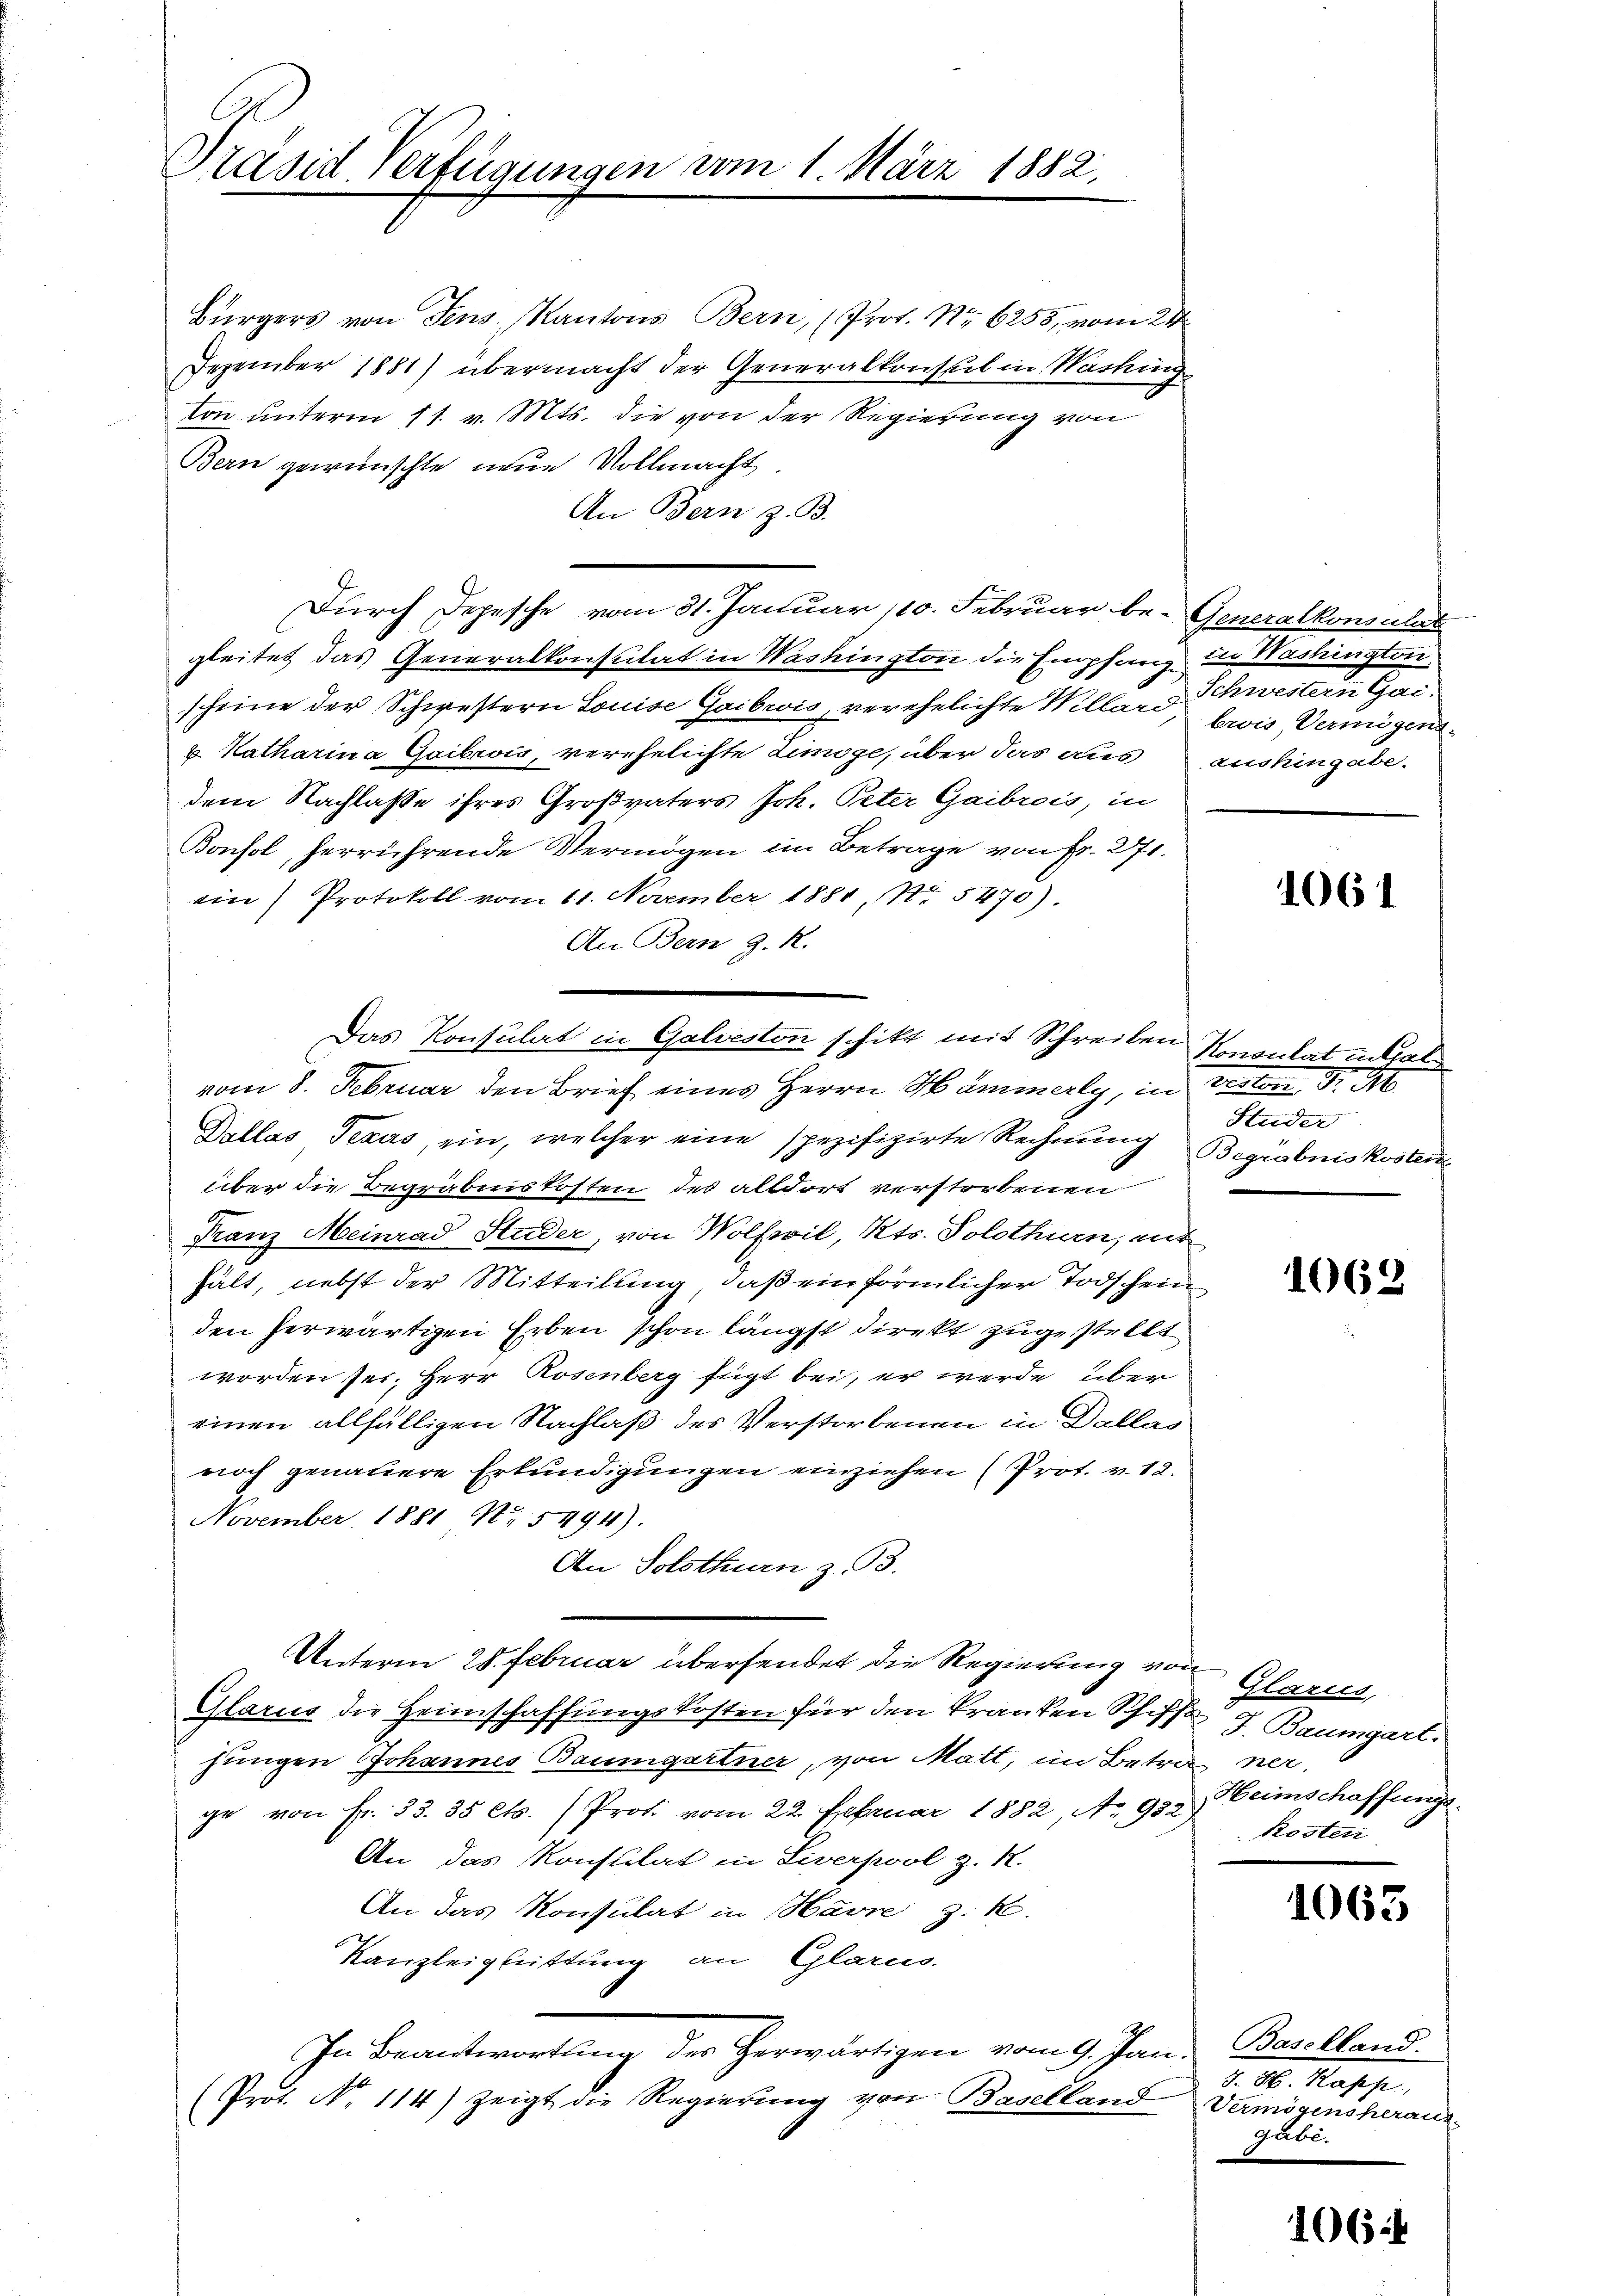
Präsid-Verfügungen vom 1. März 1882.

Das Konsulat in Galveston schikt mit Schreiben Konsulat inhal

Bürgers von Fens, Kantons Bern, (Prot. No 6255, vom 24
Dezember 1881) übermacht der Generalkonseil in Washing
ton unterm 11. v. Mts. die von der Regierung von
Bern gewünschte neue Vollmacht,
An Bern z. B.
Durch Depesche vom 31. Januar 110. Februar be- Generalkonsulat
gleitet das Generalkonsulat in Washington die Empfang in Washington,
scheine der Schwestern Louise Gaibwis, verehelichte Millar Schwestern Gai¬
u Katharina Gaibrois, verehelichte Limoge, über das aus aushingabe.
dem Nachlasse ihres Großvaters Joh. Peter Gaibrois, in
Bonsol, herrührende Vermögen im Betrage von Fr. 271.
ein) Protokoll vom 11. November 1881, No. 5470).
An Bern J. R.
vom 8. Februar den Brief eines Herrn Hammerly, in Verten Fr. A
Dallas Texas, ein, welcher eine spezifizirte Rechnung
über die Begräbniskosten des alldort verstorbenen
Franz Meinrad Studer, von Wolfwil, Kts. Solothurn, mit
hält, nebst der Mitteilung, daß ein förmlicher Todschein
den herwärtigen Erben schon längst direkt zugestellt
worden sei. Herr Rosenberg fügt bei, er werde über
einen allfälligen Nachlaß des Verstorbenen in Dallas
noch genauere Erkundigungen einziehen (Prot. v. 12.
November 1881 Nr. 5494)
An Solothurn z. B.
Unterm 28. Februar übersendet die Regierung von Glarus,
Glarus die Heimschaffungskosten für den kranken Schiff 7. Baumgart.
jungen Johannes Baumgartner, von Matt, im Betra ner
ge von Fr. 33. 35 Cts. (Prof. vom 22. Februar 1882, A. 98. Ceimschaffungs¬
An das Konsulat in Liverpool z. 1.
An das Konsulat in Havre z. K.
Kanzleigheittung an Glarm.
In Beantwortung des Herwärtigen vom 9. Jan. Baselland
Prot. N. 114) zeigt die Regierung von Baselland Vermögensheraus

brois, Vermögens.

1061

Studer
Begräbniskosten

1062

kosten

1063

d. 10. Masse,
gäbe.

1064